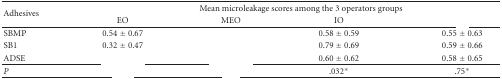
<table><thead><tr><td rowspan="2"><b>Adhesives</b></td><td colspan="4"><b>Mean microleakage scores among the 3 operators groups</b></td></tr><tr><td><b>EO</b></td><td><b>MEO</b></td><td><b>IO</b></td><td>[EMPTY_CELL]</td></tr></thead><tbody><tr><td>SBMP</td><td>0.54 ± 0.67</td><td>[EMPTY_CELL]</td><td>0.58 ± 0.59</td><td>0.55 ± 0.63</td></tr><tr><td>SB1</td><td>0.32 ± 0.47</td><td>[EMPTY_CELL]</td><td>0.79 ± 0.69</td><td>0.59 ± 0.66</td></tr><tr><td>ADSE</td><td>[EMPTY_CELL]</td><td>[EMPTY_CELL]</td><td>0.60 ± 0.62</td><td>0.58 ± 0.65</td></tr><tr><td><i>P</i></td><td>[EMPTY_CELL]</td><td>[EMPTY_CELL]</td><td>.032*</td><td>.75*</td></tr></tbody></table>